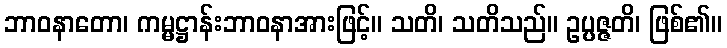
ဘာဝနာတော၊ ကမ္မဋ္ဌာန်းဘာဝနာအားဖြင့်။ သတိ၊ သတိသည်။ ဥပ္ပဇ္ဇတိ၊ ဖြစ်၏။